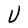
Character: U